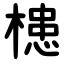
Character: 槵